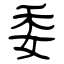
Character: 委